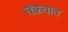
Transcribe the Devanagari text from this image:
चंक्रवात